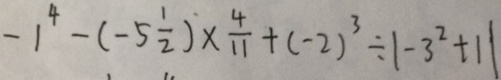
- 1 ^ { 4 } - ( - 5 \frac { 1 } { 2 } ) \times \frac { 4 } { 1 1 } + ( - 2 ) ^ { 3 } \div \vert - 3 ^ { 2 } + 1 \vert